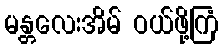
မန္တလေးအိမ် ဝယ်ဖို့ကြံ